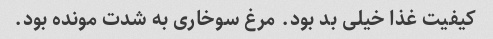
کیفیت غذا خیلی بد بود. مرغ سوخاری به شدت مونده بود.